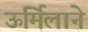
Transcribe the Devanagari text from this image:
ऊर्मिलाने